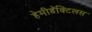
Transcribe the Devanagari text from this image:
हेमीडॅक्टिलस